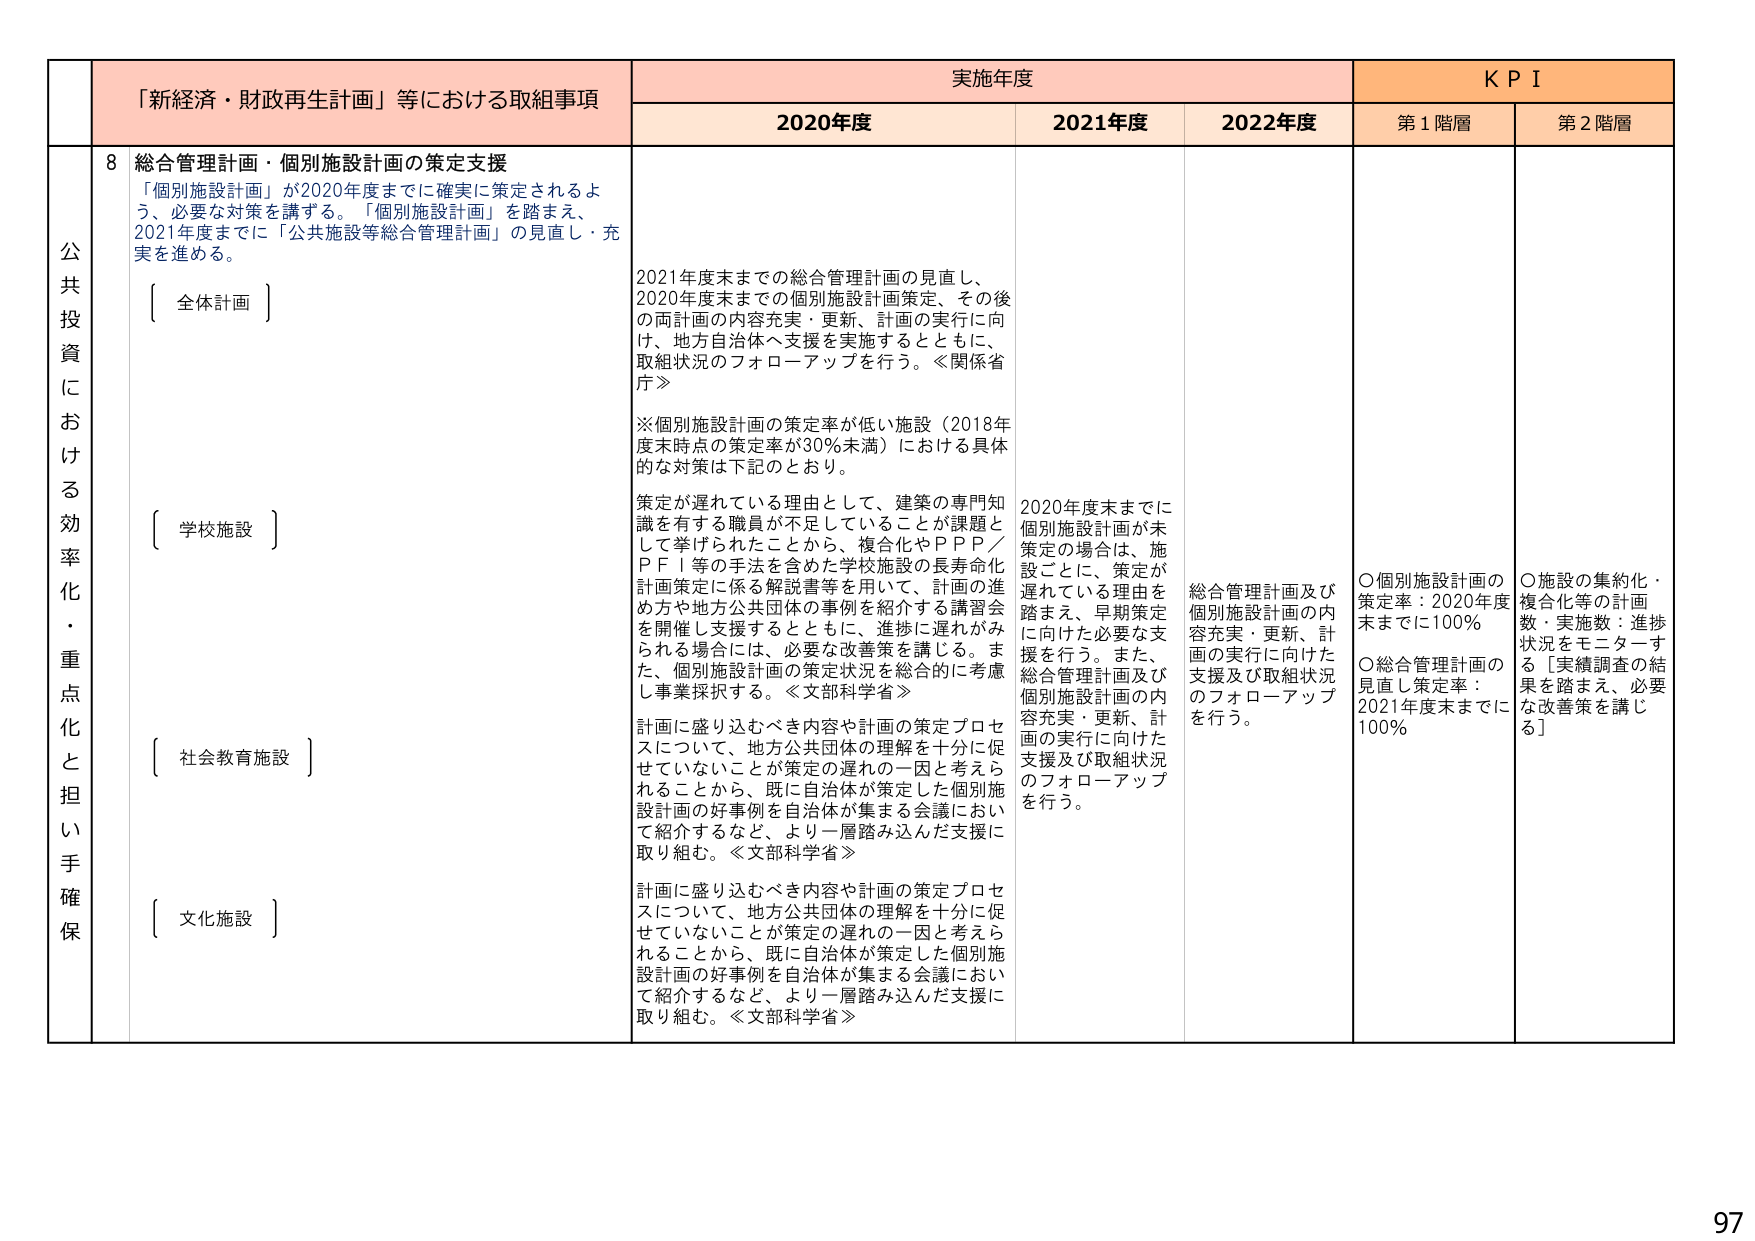
公共投資における効率化・重点化と担い手確保

「新経済・財政再生計画」等における取組事項

8 総合管理計画・個別施設計画の策定支援
「個別施設計画」が2020年度までに確実に策定されるよう、必要な対策を講ずる。「個別施設計画」を踏まえ、2021年度までに「公共施設等総合管理計画」の見直し・充実を進める。

〔 全体計画 〕

〔 学校施設 〕
策定が遅れている理由として、建築の専門知識を有する職員が不足していることが課題として挙げられたことから、複合化やPPP／PFI等の手法を含めた学校施設の長寿命化計画策定に係る解説書等を用いて、計画の進め方や地方公共団体の事例を紹介する講習会を開催し支援するとともに、進捗に遅れがみられる場合には、必要な改善策を講じる。また、個別施設計画の策定状況を総合的に考慮し事業採択する。≪文部科学省≫

〔 社会教育施設 〕
計画に盛り込むべき内容や計画の策定プロセスについて、地方公共団体の理解を十分に促せていないことが策定の遅れの一因と考えられることから、既に自治体が策定した個別施設計画の好事例を自治体が集まる会議において紹介するなど、より一層踏み込んだ支援に取り組む。≪文部科学省≫

〔 文化施設 〕
計画に盛り込むべき内容や計画の策定プロセスについて、地方公共団体の理解を十分に促せていないことが策定の遅れの一因と考えられることから、既に自治体が策定した個別施設計画の好事例を自治体が集まる会議において紹介するなど、より一層踏み込んだ支援に取り組む。≪文部科学省≫

実施年度

2020年度
2021年度末までの総合管理計画の見直し、2020年度末までの個別施設計画策定、その後の両計画の内容充実・更新、計画の実行に向け、地方自治体へ支援を実施するとともに、取組状況のフォローアップを行う。≪関係省庁≫

※個別施設計画の策定率が低い施設（2018年度末時点の策定率が30％未満）における具体的な対策は下記のとおり。

2020年度末までに個別施設計画が未策定の場合は、施設ごとに、策定が遅れている理由を踏まえ、早期策定に向けた必要な支援を行う。また、総合管理計画及び個別施設計画の内容充実・更新、計画の実行に向けた支援及び取組状況のフォローアップを行う。

2021年度
2020年度末までに個別施設計画が未策定の場合は、施設ごとに、策定が遅れている理由を踏まえ、早期策定に向けた必要な支援を行う。また、総合管理計画及び個別施設計画の内容充実・更新、計画の実行に向けた支援及び取組状況のフォローアップを行う。

2022年度
総合管理計画及び個別施設計画の内容充実・更新、計画の実行に向けた支援及び取組状況のフォローアップを行う。

KPI

第1階層
○個別施設計画の策定率：2020年度末までに100％
○総合管理計画の見直し策定率：2021年度末までに100％

第2階層
○施設の集約化・複合化等の計画数・実施数：進捗状況をモニターよる［実績調査の結果を踏まえ、必要な改善策を講じる］

97